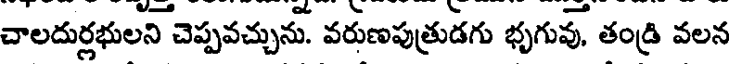
చాలదుర్లభులని చెప్పవచ్చును. వరుణపుత్రుడగు భృగువు, తండ్రి వలన